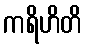
ကရိဟိတိ